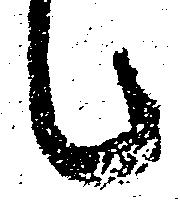
候